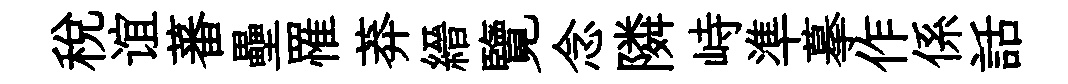
稅谊蕃壘罹莽縉覽念隣峙準摹作係話